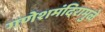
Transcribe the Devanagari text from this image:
गणेशमंदिरामुळे